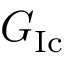
G _ { \mathrm { { I c } } }